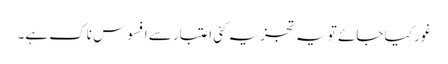
غور کیا جائے تو یہ تجزیہ کئی اعتبار سے افسوس ناک ہے۔